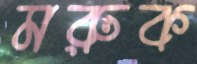
মরুক